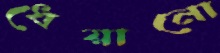
ধেয়ানো